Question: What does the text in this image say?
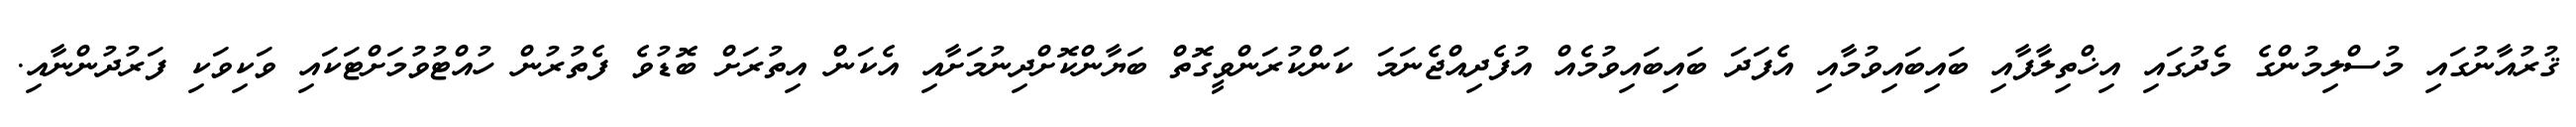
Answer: ޤުރުއާނުގައި މުސްލިމުންގެ މެދުގައި އިޚްތިލާފާއި ބައިބައިވުމާއި އެފަދަ ބައިބައިވުމެއް އުފެދިއްޖެނަމަ ކަންކުރަންވީގޮތް ބަޔާންކޮށްދިނުމަށާއި އެކަން އިތުރަށް ބޮޑުވެ ފެތުރުން ހުއްޓުވުމަށްޓަކައި ވަކިވަކި ފަރުދުންނާއި.